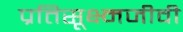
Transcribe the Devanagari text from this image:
प्रतिसूक्ष्मजीवी